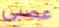
عصبى